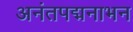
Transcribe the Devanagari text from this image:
अनंतपद्मनाभन